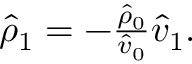
\begin{array} { r } { \hat { \rho } _ { 1 } = - \frac { \hat { \rho } _ { 0 } } { \hat { v } _ { 0 } } \hat { v } _ { 1 } . } \end{array}